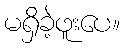
မရှိခဲ့ဖူးပေ။